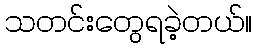
သတင်းတွေရခဲ့တယ်။